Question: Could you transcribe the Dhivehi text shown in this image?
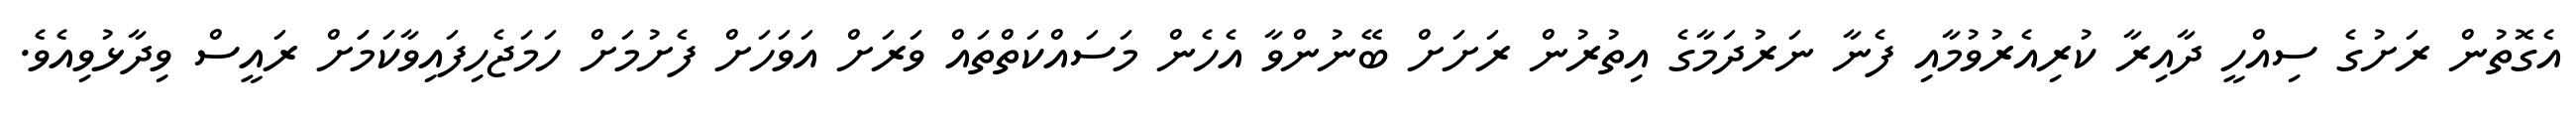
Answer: އެގޮތުން ރަށުގެ ސިއްހީ ދާއިރާ ކުރިއެރުވުމާއި ފެނާ ނަރުދަމާގެ އިތުރުން ރަށަށް ބޭނުންވާ އެހެން މަސައްކަތްތައް ވަރަށް އަވަހަށް ފެށުމަށް ހަމަޖެހިފައިވާކަމަަށް ރައީސް ވިދާޅުވިއެވެ.